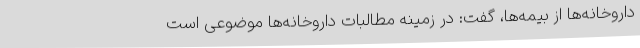
داروخانه‌ها از بیمه‌ها، گفت: در زمینه مطالبات داروخانه‌ها موضوعی است